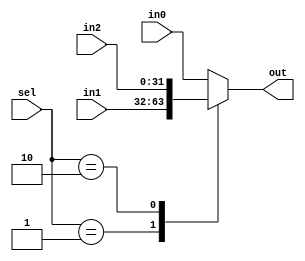
`timescale 1ns / 1ps
//////////////////////////////////////////////////////////////////////////////////
// Company: 
// Engineer: 
// 
// Design Name: 
// Module Name: alu
// Project Name: 
// Target Devices: 
// Tool Versions: 
// Description: 
// 
// Dependencies: 
// 
// Revision:
// Revision 0.01 - File Created
// Additional Comments:
// 
//////////////////////////////////////////////////////////////////////////////////


module mux_3x1(out, in0 , in1, in2 , sel);
    parameter Mbit=32;
    output reg [Mbit-1:0] out;
    input [Mbit-1:0] in0 , in1 ,in2;
    input [1:0]sel;
    
    always @(in0,in1,sel)
    begin
        case(sel)
        2'b00:out=in0;
        2'b01:out=in1;
        2'b10:out=in2;
        default:out=in0;
        endcase
    end
endmodule